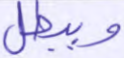
ويبطل